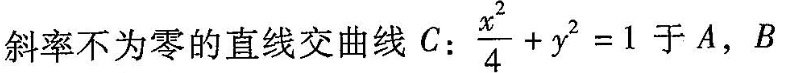
斜率不为零的直线交曲线C： $$\frac{x^{2}}{4}+y^{2}=1$$ 于A，B